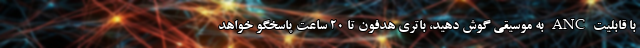
با قابلیت ANC به موسیقی گوش دهید، باتری هدفون تا ۲۰ ساعت پاسخگو خواهد